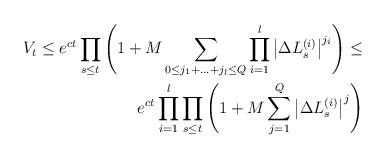
LaTeX: \begin{align*}V_t \leq e^{ct} \prod_{s \leq t} \left( 1 + M \sum_{0 \leq j_1+\ldots+j_l \leq Q} \prod_{i=1}^{l} \left|\Delta L^{(i)}_s\right|^{j_i} \right) \leq \\e^{ct} \prod_{i=1}^l \prod_{s \leq t} \left( 1+M \sum_{j=1}^Q \left|\Delta L^{(i)}_s \right|^j \right)\end{align*}